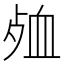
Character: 𮕞